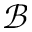
\mathcal { B }